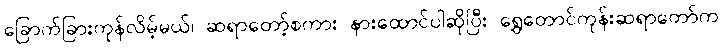
ခြောက်ခြားကုန်လိမ့်မယ်၊ ဆရာတော့်စကား နားထောင်ပါဆိုပြီး ရွှေတောင်ကုန်းဆရာတော်က